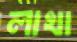
লাখা